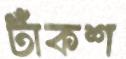
টাঁকশ